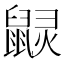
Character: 𪕠